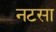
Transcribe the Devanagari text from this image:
नटसा